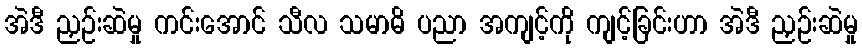
အဲဒီ ညှဉ်းဆဲမှု ကင်းအောင် သီလ သမာဓိ ပညာ အကျင့်ကို ကျင့်ခြင်းဟာ အဲဒီ ညှဉ်းဆဲမှု